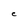
Character: C